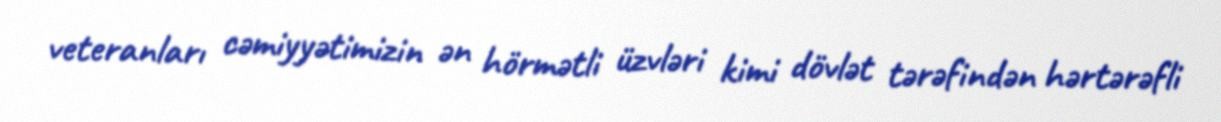
veteranları cəmiyyətimizin ən hörmətli üzvləri kimi dövlət tərəfindən hərtərəfli